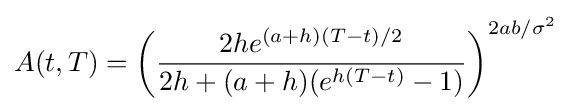
A(t,T)=\left({\frac {2he^{(a+h)(T-t)/2}}{2h+(a+h)(e^{h(T-t)}-1)}}\right)^{2ab/\sigma ^{2}}